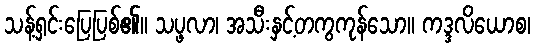
သန့်ရှင်းပြေပြစ်၏။ သပ္ဖလာ၊ အသီးနှင့်တကွကုန်သော။ ကဒ္ဒလိယောစ၊